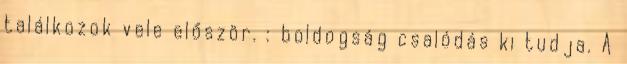
találkozok vele először. : boldogság csalódás ki tudja. A